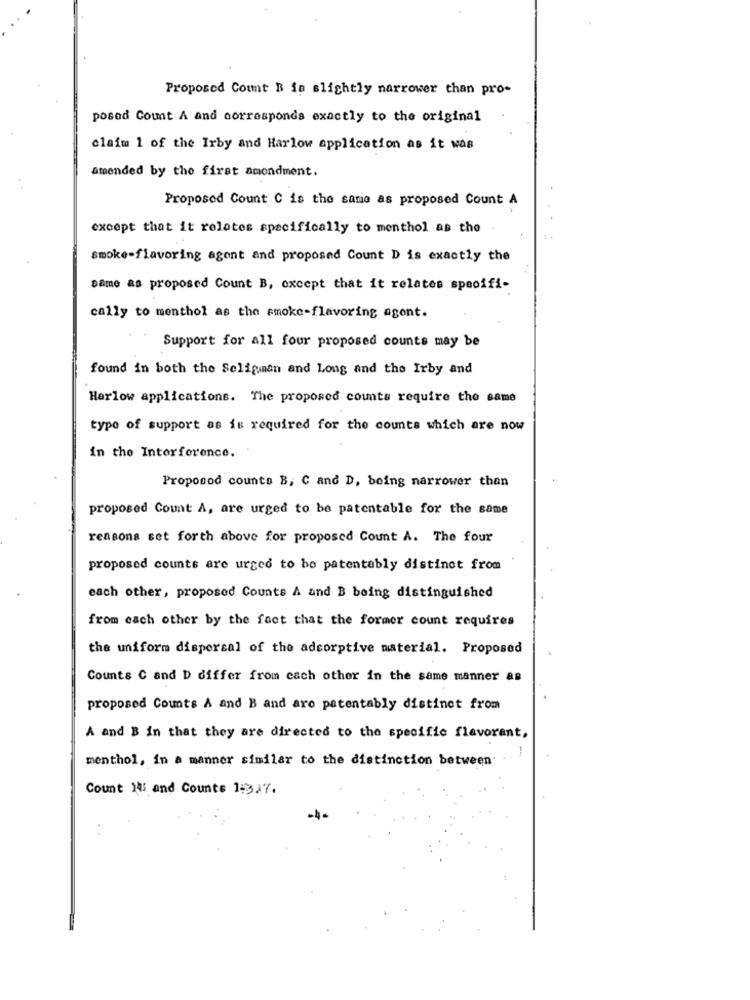
Proposed Count B is slightly narrower than pro-
posad Count A and corresponds exactly to the original
claim 1 of the Irby and Harlow application as it was
amended by the first amendment.
Proposed Count C is the same as proposed Count A
except that it relates specifically to menthol as the
smoke-flavoring agent and proposed Count D is exactly the
same as proposed Count B, except that it relates specifi-
cally to menthol as the smoke-flavoring agent.
Support for all four proposed counts may be
found in both the Seligman and Long and the Irby and
Harlow applications. The proposed counts require the same
type of support as is required for the counts which are now
in the Interference.
Proposod counts B, C and D, being narrower than
proposed Count A, are urged to be patentable for the same
reasons set forth above for proposed Count A. The four
proposed counts are urged to be patentably distinct from
each other, proposed Counts A and B boing distinguished
from each other by the fact that the former count requires
the uniform dispersal of the adcorptive material. Proposed
Counts C and D differ from each other in the same manner as
proposed Counts A and B and are patentably distinct from
A and B in that they are directed to the specific flavorant,
-
menthol, in a manner similar to the distinction between
Count 14: and Counts 1:3.7.